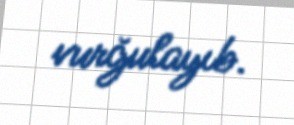
vurğulayıb.